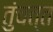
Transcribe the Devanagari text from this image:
तुंचत्त